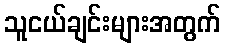
သူငယ်ချင်းများအတွက်